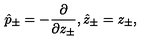
\hat { p } _ { \pm } = - \frac { \partial } { \partial z _ { \pm } } , \hat { z } _ { \pm } = z _ { \pm } ,